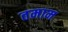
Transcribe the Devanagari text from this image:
तमाम